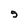
Character: 5